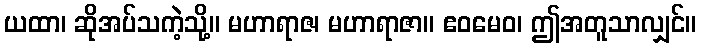
ယထာ၊ ဆိုအပ်သကဲ့သို့။ မဟာရာဇ၊ မဟာရာဇာ။ ဧဝမေဝ၊ ဤအတူသာလျှင်။